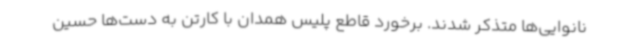
نانوایی‌ها متذکر شدند. برخورد قاطع پلیس همدان با کارتن به دست‌ها حسین